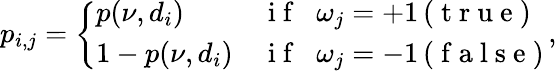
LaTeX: p_{i,j}=\left\{ \begin{array}{ll}{p(\nu,d_{i})}&{\mathrm{~i~f~}\; \; \omega_{j}=+1\, (\mathrm{~t~r~u~e~})}\\ {1-p(\nu,d_{i})}&{\mathrm{~i~f~}\; \; \omega_{j}=-1\, (\mathrm{~f~a~l~s~e~})}\end{array}\right.\, ,